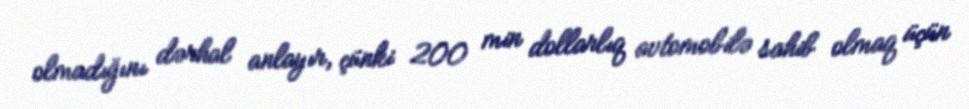
olmadığını dərhal anlayır, çünki 200 min dollarlıq avtomobilə sahib olmaq üçün